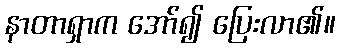
နာတာရှာက အော်၍ ပြေးလာ၏။